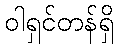
ဝါရှင်တန်ရှိ